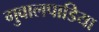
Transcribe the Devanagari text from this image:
गुवालपाडिया